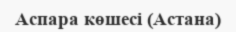
Аспара көшесі (Астана)